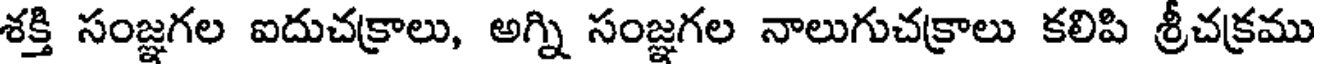
శక్తి సంజ్ఞగల ఐదుచక్రాలు, అగ్ని సంజ్ఞగల నాలుగుచక్రాలు కలిపి శ్రీచక్రము